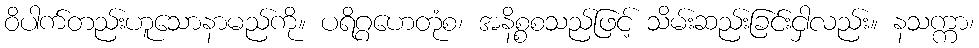
ဝိပါက်တည်းဟူသောနာမည်ကို။ ပရိဂ္ဂဟေတုံစ၊ အနိစ္စစသည်ဖြင့် သိမ်းဆည်းခြင်းငှါလည်း။ နသက္ကာ၊